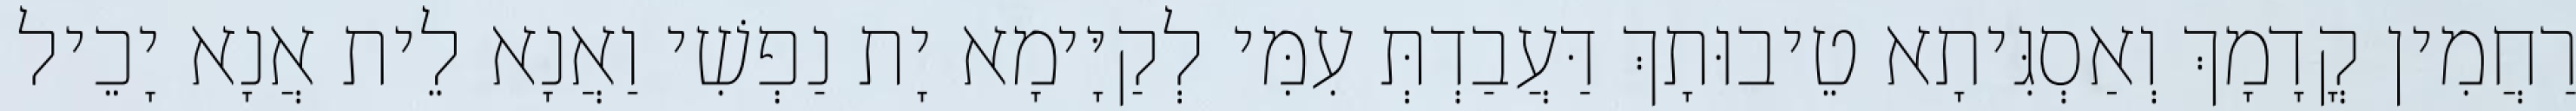
רַחֲמִין קֳדָמָךְ וְאַסְגִּיתָא טֵיבוּתָךְ דַּעֲבַדְתְּ עִמִּי לְקַיָּימָא יָת נַפְשִׁי וַאֲנָא לֵית אֲנָא יָכֵיל